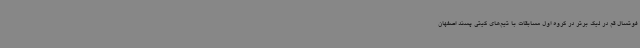
فوتسال قم در لیگ برتر در گروه اول مسابقات با تیم‌های گیتی پسند اصفهان